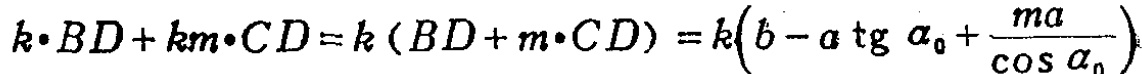
\[k\cdot BD + km\cdot CD=k(BD + m\cdot CD)=k\left(b - a\operatorname{tg}\alpha_{0}+\frac{ma}{\cos\alpha_{0}}\right)\]